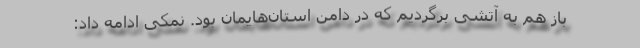
باز هم به آتشی برگردیم که در دامن استان‌هایمان بود. نمکی ادامه داد: